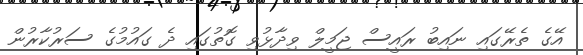
އޭގެ ތެރޭގައި ނައިބު ރައީސް ޖަމީލް ވިދާޅުވި ގޮތުގައި ދެ ގައުމުގެ ސަރުކާރުން